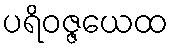
ပရိဝဇ္ဇယေထ